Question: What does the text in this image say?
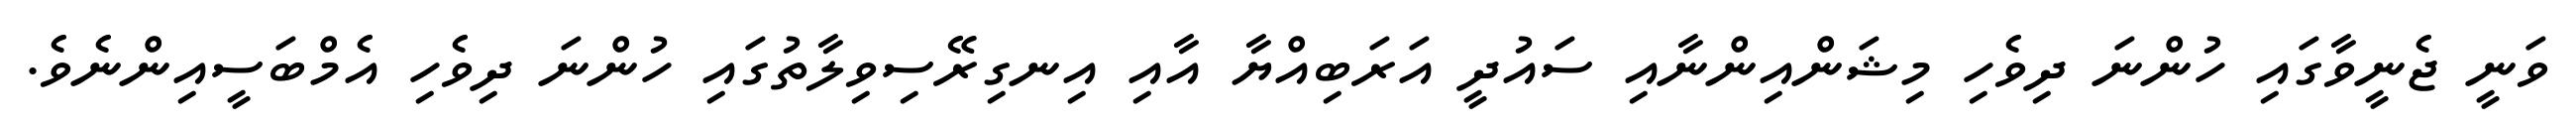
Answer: ވަނީ ޖެނީވާގައި ހުންނަ ދިވެހި މިޝަންއިންނާއި ސައުދީ އަރަބިއްޔާ އާއި އިނގިރޭސިވިލާތުގައި ހުންނަ ދިވެހި އެމްބަސީއިންނެވެ.